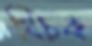
খিচক